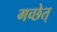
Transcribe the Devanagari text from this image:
गच्छेत्